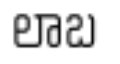
లాబ